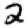
Digit: 2